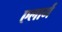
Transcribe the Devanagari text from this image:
एलार्म